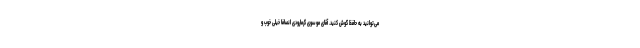
می‌توانید به حافظ گوش کنید. آقای موسوی گرمارودی انصافا خیلی خوب و